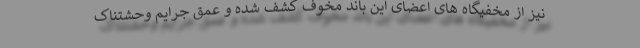
نیز از مخفیگاه های اعضای این باند مخوف کشف شده و عمق جرایم وحشتناک